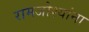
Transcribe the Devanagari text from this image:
रामजोश्यांना